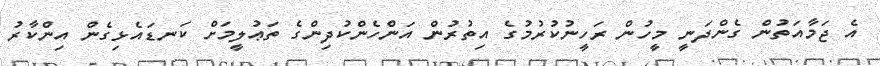
އެ ޖަމާއަތުން ގެންދަނީ މީހުން ރަހީނުކުރުމުގެ އިތުރުން އަންހެންކުދިންގެ ތަޢުލީމަށް ކަނޑައެޅިގެން އިންކާރު